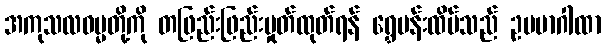
အကုသလဓမ္မတို့ကို တဖြည်းဖြည်းမှုတ်ထုတ်ရန် ရွှေပန်းထိမ်သည် ဥပမာဂါထာ